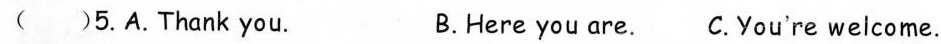
( )5.A.Thank you. B.Here you are. C.You're welcome.